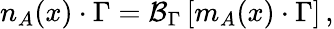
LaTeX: n_{A}(x)\cdot\Gamma={\cal B}_{\Gamma}\left[m_{A}(x)\cdot\Gamma\right]\, ,